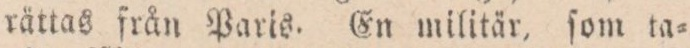
rättas från Paris. En militär, ſom ta=